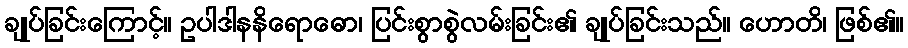
ချုပ်ခြင်းကြောင့်။ ဥပါဒါနနိရောဓော၊ ပြင်းစွာစွဲလမ်းခြင်း၏ ချုပ်ခြင်းသည်။ ဟောတိ၊ ဖြစ်၏။